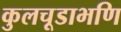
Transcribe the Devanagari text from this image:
कुलचूडाभणि